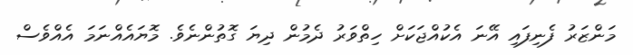
މަންޒަރު ފެނިފައި އޭނަ އެކުއްޖަކަށް ހިތްވަރު ދެމުން ދިޔަ ގޮތުންނެވެ. މޮޔައެއްނަމަ އެއްވެސް